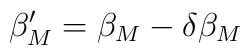
\beta'_{M} = \beta_{M} - \delta \beta_{M}